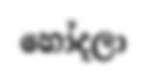
හෝදලා